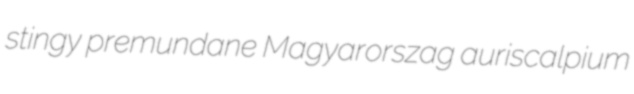
stingy premundane Magyarorszag auriscalpium